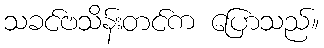
သခင်ဗသိန်းတင်က ပြောသည်။